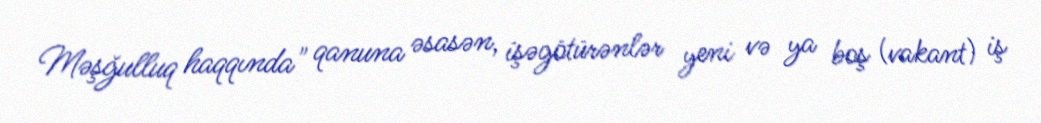
Məşğulluq haqqında" qanuna əsasən, işəgötürənlər yeni və ya boş (vakant) iş